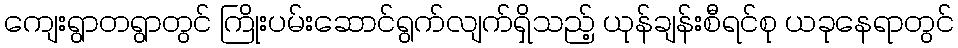
ကျေးရွာတရွာတွင် ကြိုးပမ်းဆောင်ရွက်လျက်ရှိသည့် ယုန်ချန်းစီရင်စု ယခုနေရာတွင်